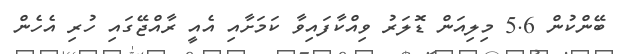
ބޭންކުން 5.6 މިލިއަން ޑޮލަރު ވިއްކާފައިވާ ކަމަށާއި އެއީ ރާއްޖޭގައި ހުރި އެހެން